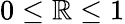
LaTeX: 0\leq\mathbb{R}\leq1